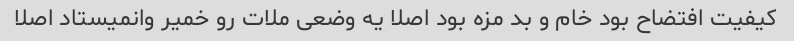
کیفیت افتضاح بود خام و بد مزه بود اصلا یه وضعی ملات رو خمیر وانمیستاد اصلا